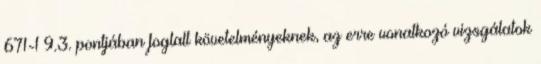
671-1 9.3. pontjában foglalt követelményeknek, az erre vonatkozó vizsgálatok